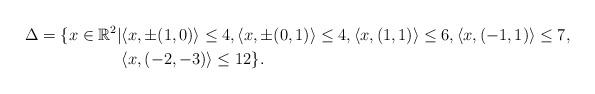
LaTeX: \begin{align*} \Delta =\{x\in\mathbb{R}^2|&\langle x,\pm(1,0)\rangle\leq4,\langle x,\pm(0,1)\rangle\leq4,\langle x,(1,1)\rangle\leq6,\langle x,(-1,1)\rangle\leq7,\\&\langle x,(-2,-3)\rangle\leq12\}.\end{align*}